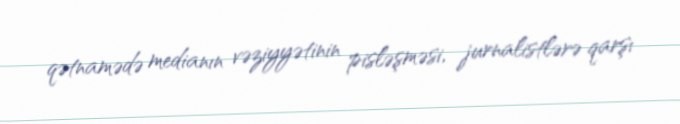
qətnamədə medianın vəziyyətinin pisləşməsi, jurnalistlərə qarşı